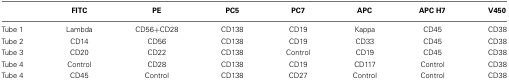
|  | FITC | PE | PC5 | PC7 | APC | APC H7 | V450 |
 | --- | --- | --- | --- | --- | --- | --- | --- |
 | Tube 1 | Lambda | CD56+CD28 | CD138 | CD19 | Kappa | CD45 | CD38 |
 | Tube 2 | CD14 | CD56 | CD138 | CD19 | CD33 | CD45 | CD38 |
 | Tube 3 | CD20 | CD22 | CD138 | Control | CD19 | CD45 | CD38 |
 | Tube 4 | Control | CD28 | CD138 | CD19 | CD117 | Control | CD38 |
 | Tube 4 | CD45 | Control | CD138 | CD27 | Control | Control | CD38 |